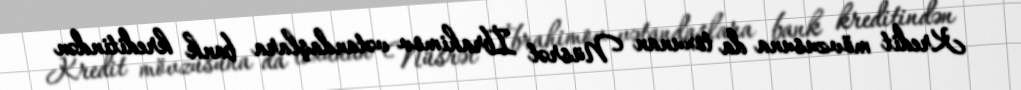
Kredit mövzusuna da toxunan Nüsrət İbrahimov vətandaşlara bank kreditindən